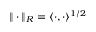
\| \cdot \| _ { R } = \langle \cdot , \cdot \rangle ^ { 1 / 2 }